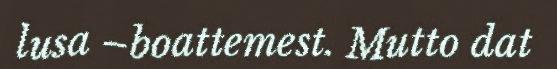
lusa –boattemest. Mutto dat